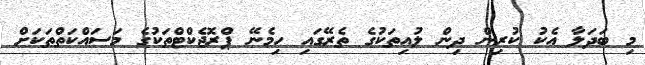
މި ބަދަލާ އެކު ކުރިން ދިން ލުއިތަކުގެ ތެރޭގައި ހިމެނޭ ޕްރޮޖެކްޓްތަކުގެ މަސައްކަތްތަކަށް